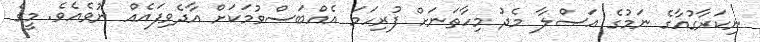
ނިކަރާގުއާގެ ނަމުގެ އަޞްލާ މެދު މިހާތަނަށް ފުރިހަމަ އެއްބަސްވުމަކަށް އާދެވިފައެއް ނުވެއެވެ. މީގެ